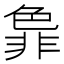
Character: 𬜞